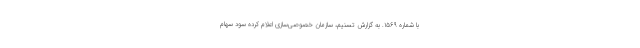
با شماره ۱۵۶۹. به گزارش تسنیم‌، سازمان خصوصی‌سازی اعلام کرده سود سهام